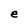
Character: e